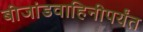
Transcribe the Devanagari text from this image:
बीजांडवाहिनीपर्यंत